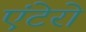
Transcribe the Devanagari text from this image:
एंटेरो